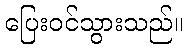
ပြေးဝင်သွားသည်။